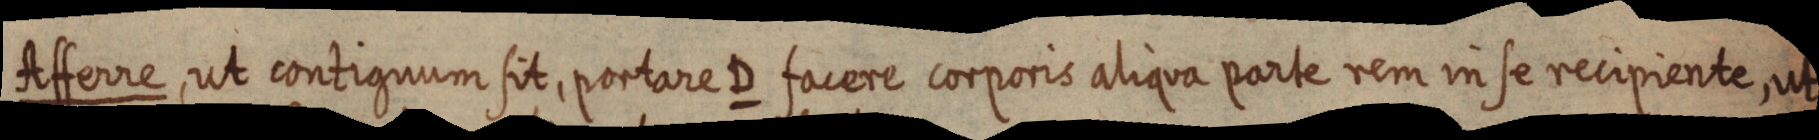
Afferre, ut contiguum sit, portare D facere corporis aliqua parte rem in se recipiente, ut